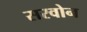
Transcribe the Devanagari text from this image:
सरवोन